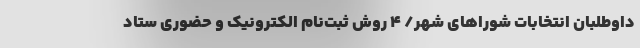
داوطلبان انتخابات شوراهای شهر/ ۴ روش ثبت‌نام الکترونیک و حضوری ستاد